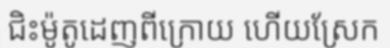
ជិះម៉ូតូដេញពីក្រោយ ហើយស្រែក